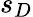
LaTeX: s_{D}